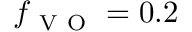
f _ { \mathrm { ~ V ~ O ~ } } = 0 . 2